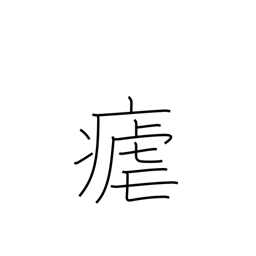
Meaning: intermittent fever